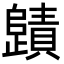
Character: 𭭻